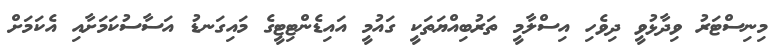
މިނިސްޓަރު ވިދާޅުވީ ދިވެހި އިސްލާމީ ތަރުބިއްޔަތަކީ ގައުމީ އައިޑެންޓިޓީގެ މައިގަނޑު އަސާސުކަމަށާއި އެކަމަށް